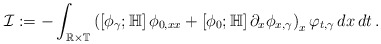
\begin{align*}\mathcal I:=-\int_{\mathbb R\times\mathbb T}\left(\left[\phi_\gamma;\mathbb H\right]\phi_{0,xx}+\left[\phi_0;\mathbb H\right]\partial_x\phi_{x,\gamma}\right)_x\varphi_{t,\gamma}\,dx\,dt\,.\end{align*}